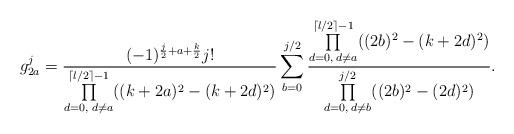
LaTeX: \begin{align*}g_{2a}^j=\frac{(-1)^{\frac{j}{2}+a+\frac{k}{2}}j!}{\prod\limits_{d=0,\;d\neq a}^{\lceil l/2\rceil-1}((k+2a)^2-(k+2d)^2)}\sum_{b=0}^{j/2}\frac{\prod\limits_{d=0,\;d\neq a}^{\lceil l/2\rceil-1}((2b)^2-(k+2d)^2)}{\prod\limits_{d=0,\;d\neq b}^{j/2}((2b)^2-(2d)^2)}.\end{align*}